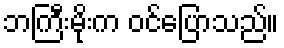
ဘကြီးမိုးက ဝင်ပြောသည်။